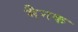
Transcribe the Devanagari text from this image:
मैनक